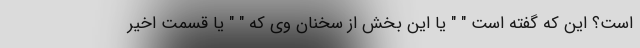
است؟ این که گفته است " " یا این بخش از سخنان وی که " " یا قسمت اخیر